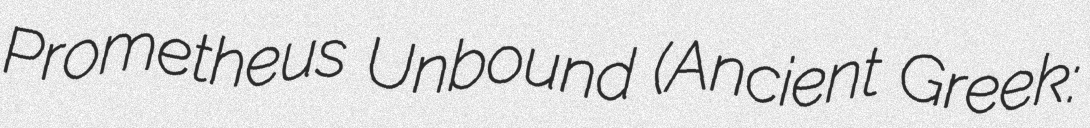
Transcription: Prometheus Unbound (Ancient Greek: